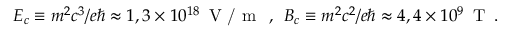
E _ { c } \equiv m ^ { 2 } c ^ { 3 } / e \hbar \approx 1 , 3 \times 1 0 ^ { 1 8 } \, \textrm { V / m } \; \, , \; \, B _ { c } \equiv m ^ { 2 } c ^ { 2 } / e \hbar \approx 4 , 4 \times 1 0 ^ { 9 } \, \textrm { T } \, .